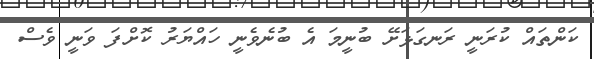
ކަންތައް ކުރަނީ ރަނގަޅަށޭ ބުނީމަ އެ ބުނެވެނީ ހައްޔަރު ކޮށްފަ ވަނީ ވެސް